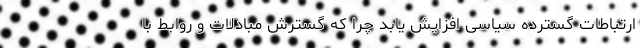
ارتباطات گسترده سیاسی افزایش یابد چرا که گسترش مبادلات و روابط با